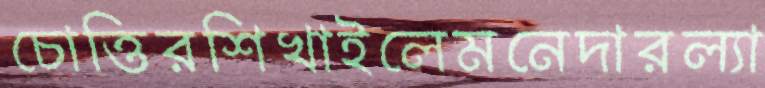
চোত্তিরশিখাইলেমনেদারল্যা